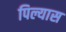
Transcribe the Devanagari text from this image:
पिल्यास